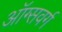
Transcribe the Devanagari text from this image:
ऑग्सवर्ग